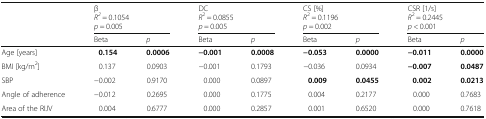
<table><thead><tr><td></td><td colspan="2"><b>β<i>R</i><sup><i>2</i></sup> = 0.1054<i>p</i> = 0.005</b></td><td colspan="2"><b>DC<i>R</i><sup>2</sup> = 0.0855<i>p</i> = 0.005</b></td><td colspan="2"><b>CS [%]<i>R</i><sup>2</sup> = 0.1196<i>p</i> = 0.002</b></td><td colspan="2"><b>CSR [1/s]<i>R</i><sup>2</sup> = 0.2445<i>p</i> &lt; 0.001</b></td></tr><tr><td></td><td><b>Beta</b></td><td><b><i>p</i></b></td><td><b>Beta</b></td><td><b><i>p</i></b></td><td><b>Beta</b></td><td><b><i>p</i></b></td><td><b>Beta</b></td><td><b><i>p</i></b></td></tr></thead><tbody><tr><td>Age [years]</td><td><b>0.154</b></td><td><b>0.0006</b></td><td><b>−0.001</b></td><td><b>0.0008</b></td><td><b>−0.053</b></td><td><b>0.0000</b></td><td><b>−0.011</b></td><td><b>0.0000</b></td></tr><tr><td>BMI [kg/m<sup>2</sup>]</td><td>0.137</td><td>0.0903</td><td>−0.001</td><td>0.1793</td><td>−0.036</td><td>0.0934</td><td><b>−0.007</b></td><td><b>0.0487</b></td></tr><tr><td>SBP</td><td>−0.002</td><td>0.9170</td><td>0.000</td><td>0.0897</td><td><b>0.009</b></td><td><b>0.0455</b></td><td><b>0.002</b></td><td><b>0.0213</b></td></tr><tr><td>Angle of adherence</td><td>−0.012</td><td>0.2695</td><td>0.000</td><td>0.1775</td><td>0.004</td><td>0.2177</td><td>0.000</td><td>0.7683</td></tr><tr><td>Area of the RIJV</td><td>0.004</td><td>0.6777</td><td>0.000</td><td>0.2857</td><td>0.001</td><td>0.6520</td><td>0.000</td><td>0.7618</td></tr></tbody></table>